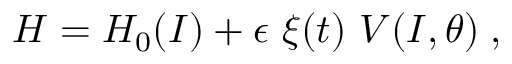
H = H _ { 0 } ( I ) + \epsilon \ \xi ( t ) \ { \cal V } ( I , \theta ) \; ,